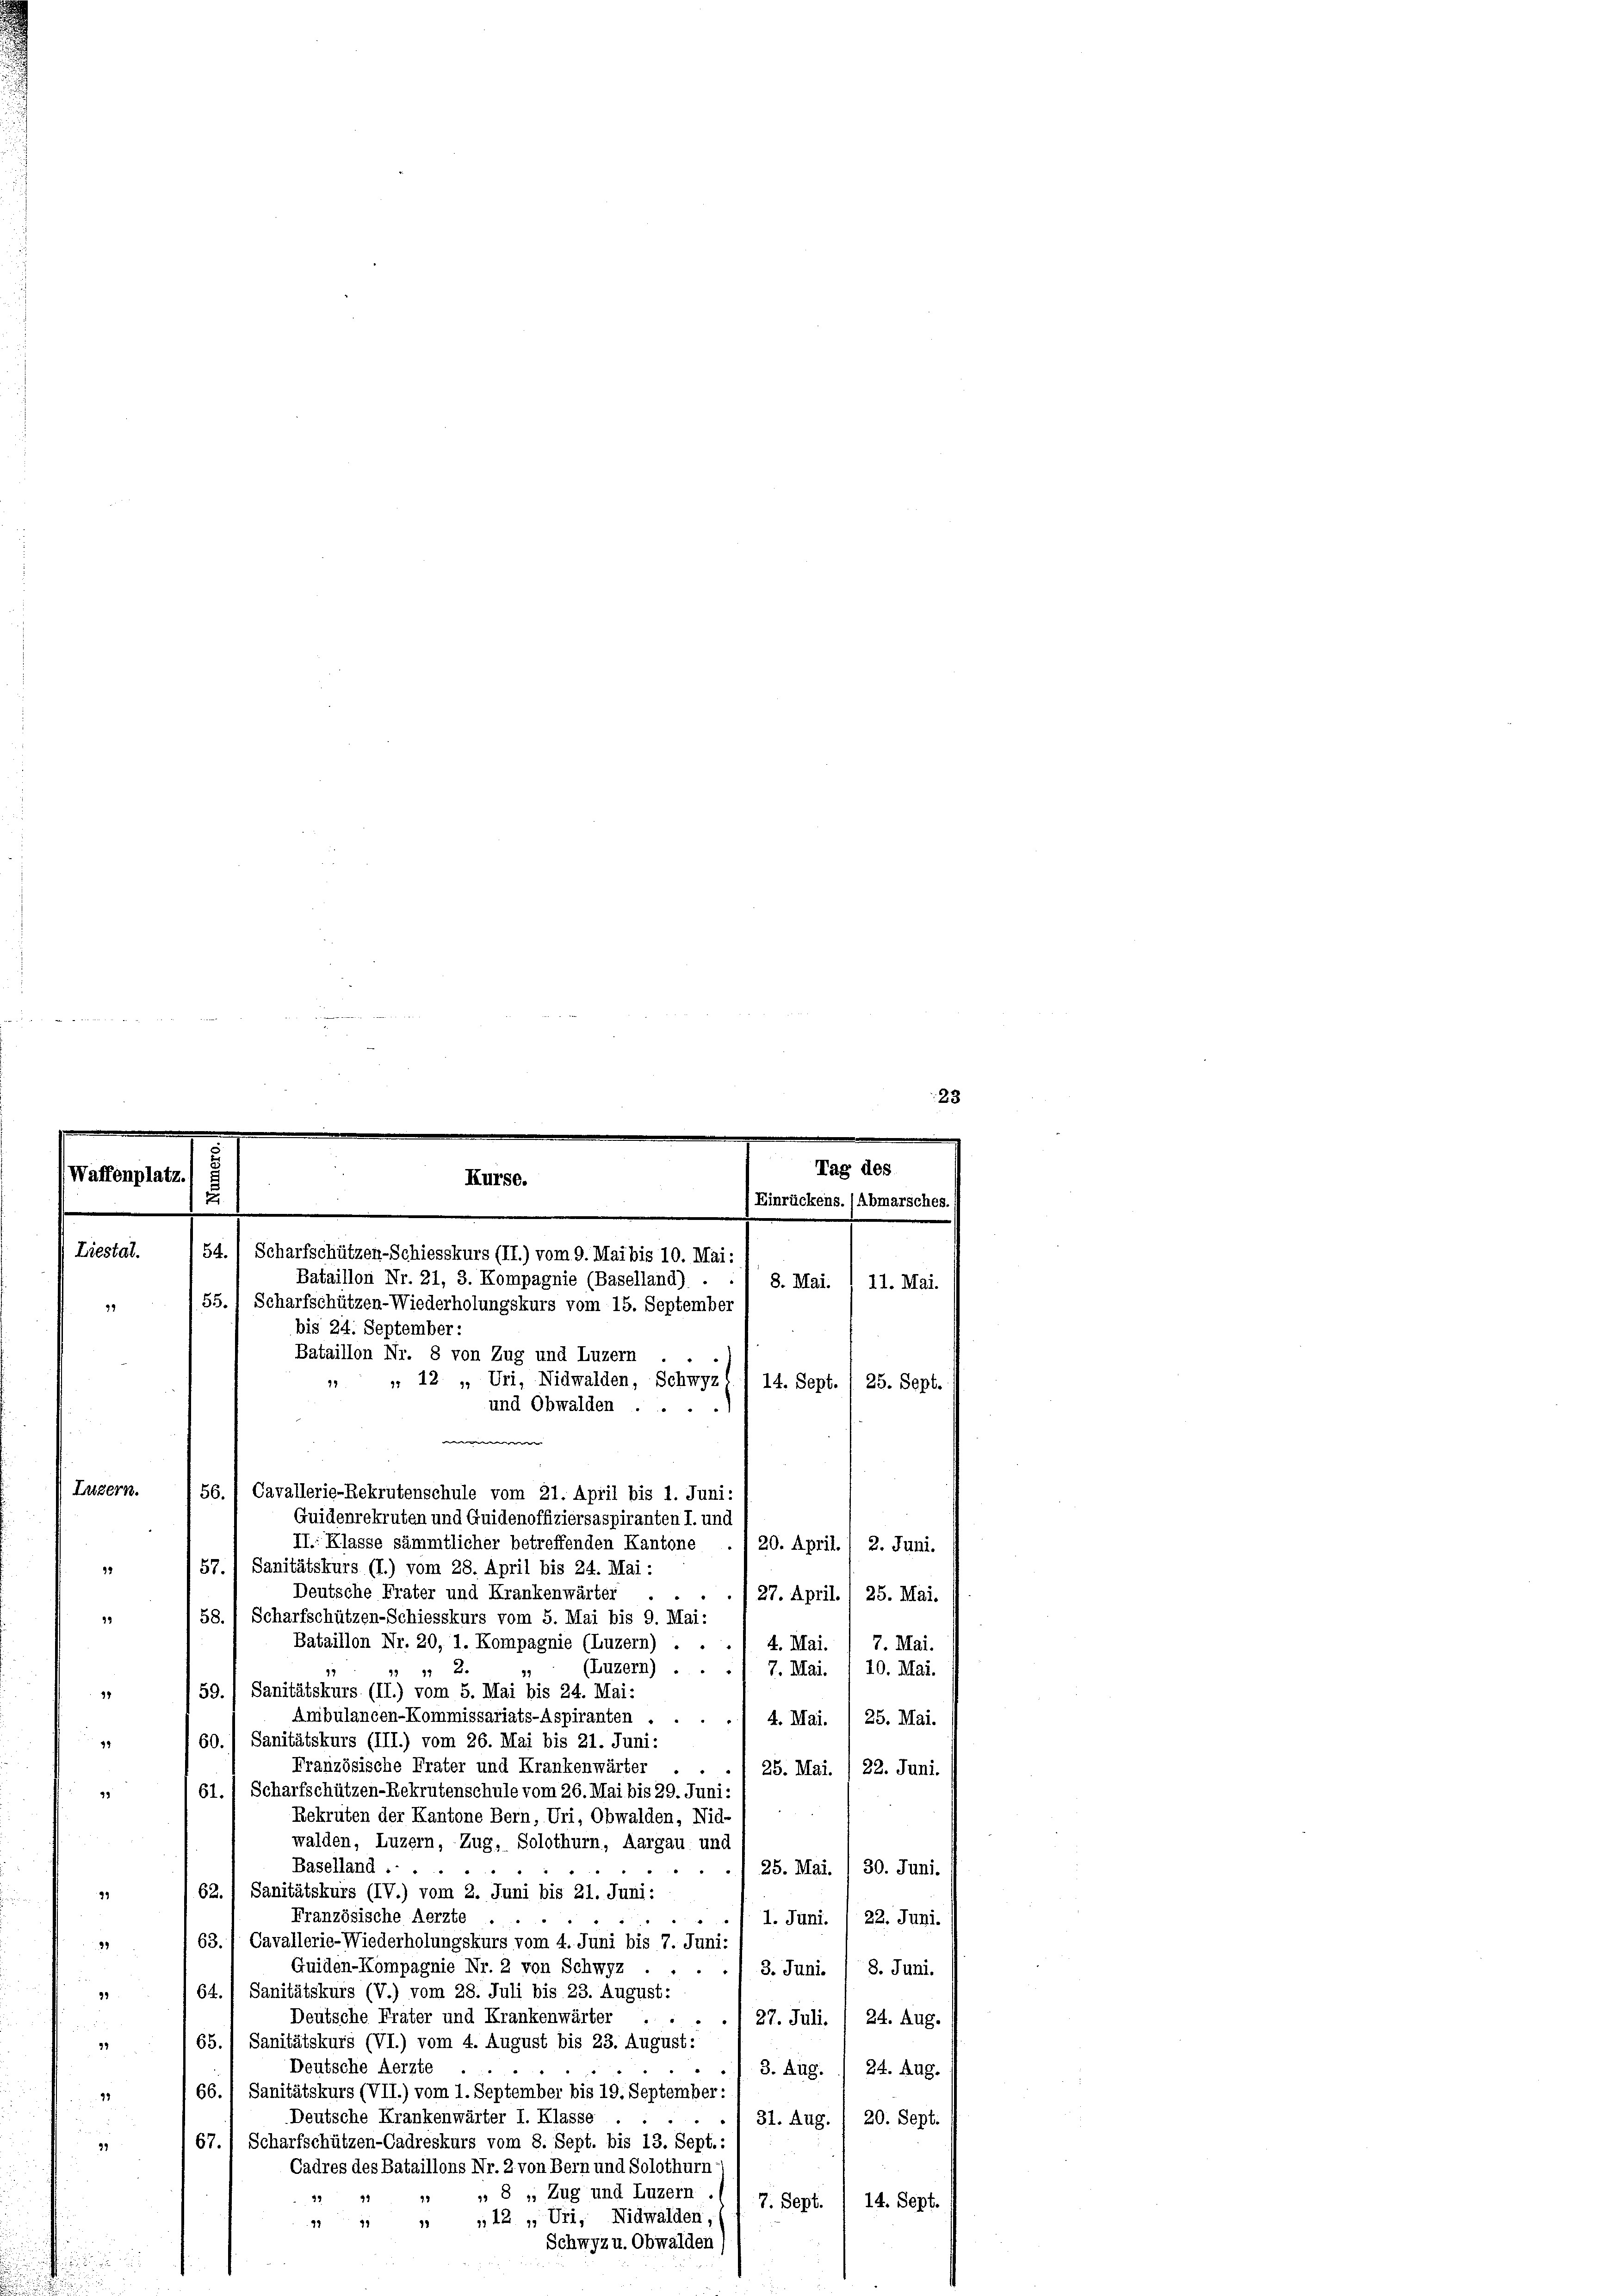
Waffenplatz.

92
15
44
29
99
32
99
99

Liestal.
99

.
Tag des
Kurse.
Einrückens. (Abmarsches.
i
.
54. 1 Scharfschützen-Schiesskurs (II.) vom 9. Mai bis 10. Mai:
Bataillon Nr. 21, 3. Kompagnie (Baselland)
8. Mai. 1 11. Mai.
55.) Scharfschützen-Wiederholungskurs vom 15. September
bis 24. September:
Bataillon Nr. 8 von Zug und Luzern
" " 12 „, Uri, Nidwalden, Schwyz () 14. Sept. 1 25. Sept.
und Obwalden
e
Luzern.
56. 1 Cavallerie-Rekrutenschule vom 21. April bis 1. Juni:
Guidenrekruten und Guidenoffiziersaspiranten I. und

II. Klasse sämmtlicher betreffenden Kantone
20. April.) 2. Juni.
57.) Sanitätskurs (I.) vom 28. April bis 24. Mai :
Deutsche Frater und Krankenwärter .
127. April. / 25. Mai.
58. 1 Scharfschützen-Schiesskurs vom 5. Mai bis 9. Mai:
Bataillon Nr. 20, 1. Kompagnie (Luzern) . .
4. Mai. ) 7. Mai.
(Luzern) . . ./. 7. Mai. 1 10. Mai.
13 111 2. 3
59., Sanitätskurs (II.) vom 5. Mai bis 24. Mai:
Ambulancen-Kommissariats-Aspiranten
4. Mai. /25. Mai.
60.) Sanitätskurs (III.) vom 26. Mai bis 21. Juni:
Französische Frater und Krankenwärter .
25. Mai. / 22. Juni.
61. 1 Scharfschützen-Rekrutenschule vom 26. Mai bis 29. Juni:
Rekruten der Kantone Bern, Uri, Obwalden, Nid-
walden, Luzern, Zug, Solothurn, Aargau und
Baselland ....
./25. Mai. 1 30. Juni.
62. 1 Sanitätskurs (IV.) vom 2. Juni bis 21. Juni:
Französische Aerzte
1. Juni. 1 22. Juni.
63. / Cavallerie-Wiederholungskurs vom 4. Juni bis 7. Juni:
Guiden-Kompagnie Nr. 2 von Schwyz
3. Juni. / 8. Juni.
64.) Sanitätskurs (V.) vom 28. Juli bis 23. August:
Deutsche Frater und Krankenwärter . . . . . 27. Juli. / 24. Aug.
65.) Sanitätskurs (VI.) vom 4. August bis 23. August:
Deutsche Aerzte
3. Aug. 24. Aug.
66. 1 Sanitätskurs (VII.) vom 1. September bis 19. September:
Deutsche Krankenwärter I. Klasse
31. Aug. / 20. Sept.
67.) Scharfschützen-Cadreskurs vom 8. Sept. bis 13. Sept.,
Cadres des Bataillons Nr. 2 von Bern und Solothurn
22 11 " " 8 „ Zug und Luzern.
7. Sept. 1 14. Sept.
„42 „ Uri, Nidwalden,
91 11 18
Schwyz u. Obwalden,

23